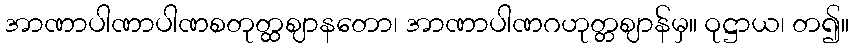
အာဏာပါဏာပါဏစတုတ္ထဈာနတော၊ အာဏာပါဏဂဟုတ္တဈာန်မှ။ ဝုဋ္ဌာယ၊ တ၍။